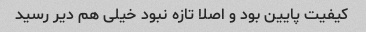
کیفیت پایین بود و اصلا تازه نبود خیلی هم دیر رسید